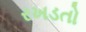
રખડતો